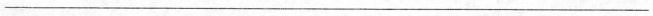
___